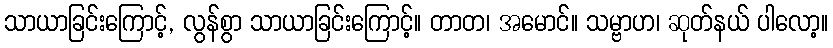
သာယာခြင်းကြောင့်, လွန်စွာ သာယာခြင်းကြောင့်။ တာတ၊ အမောင်။ သမ္ဗာဟ၊ ဆုတ်နယ် ပါလော့။